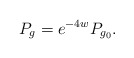
\begin{align*}P_g=e^{-4w}P_{g_0}.\end{align*}